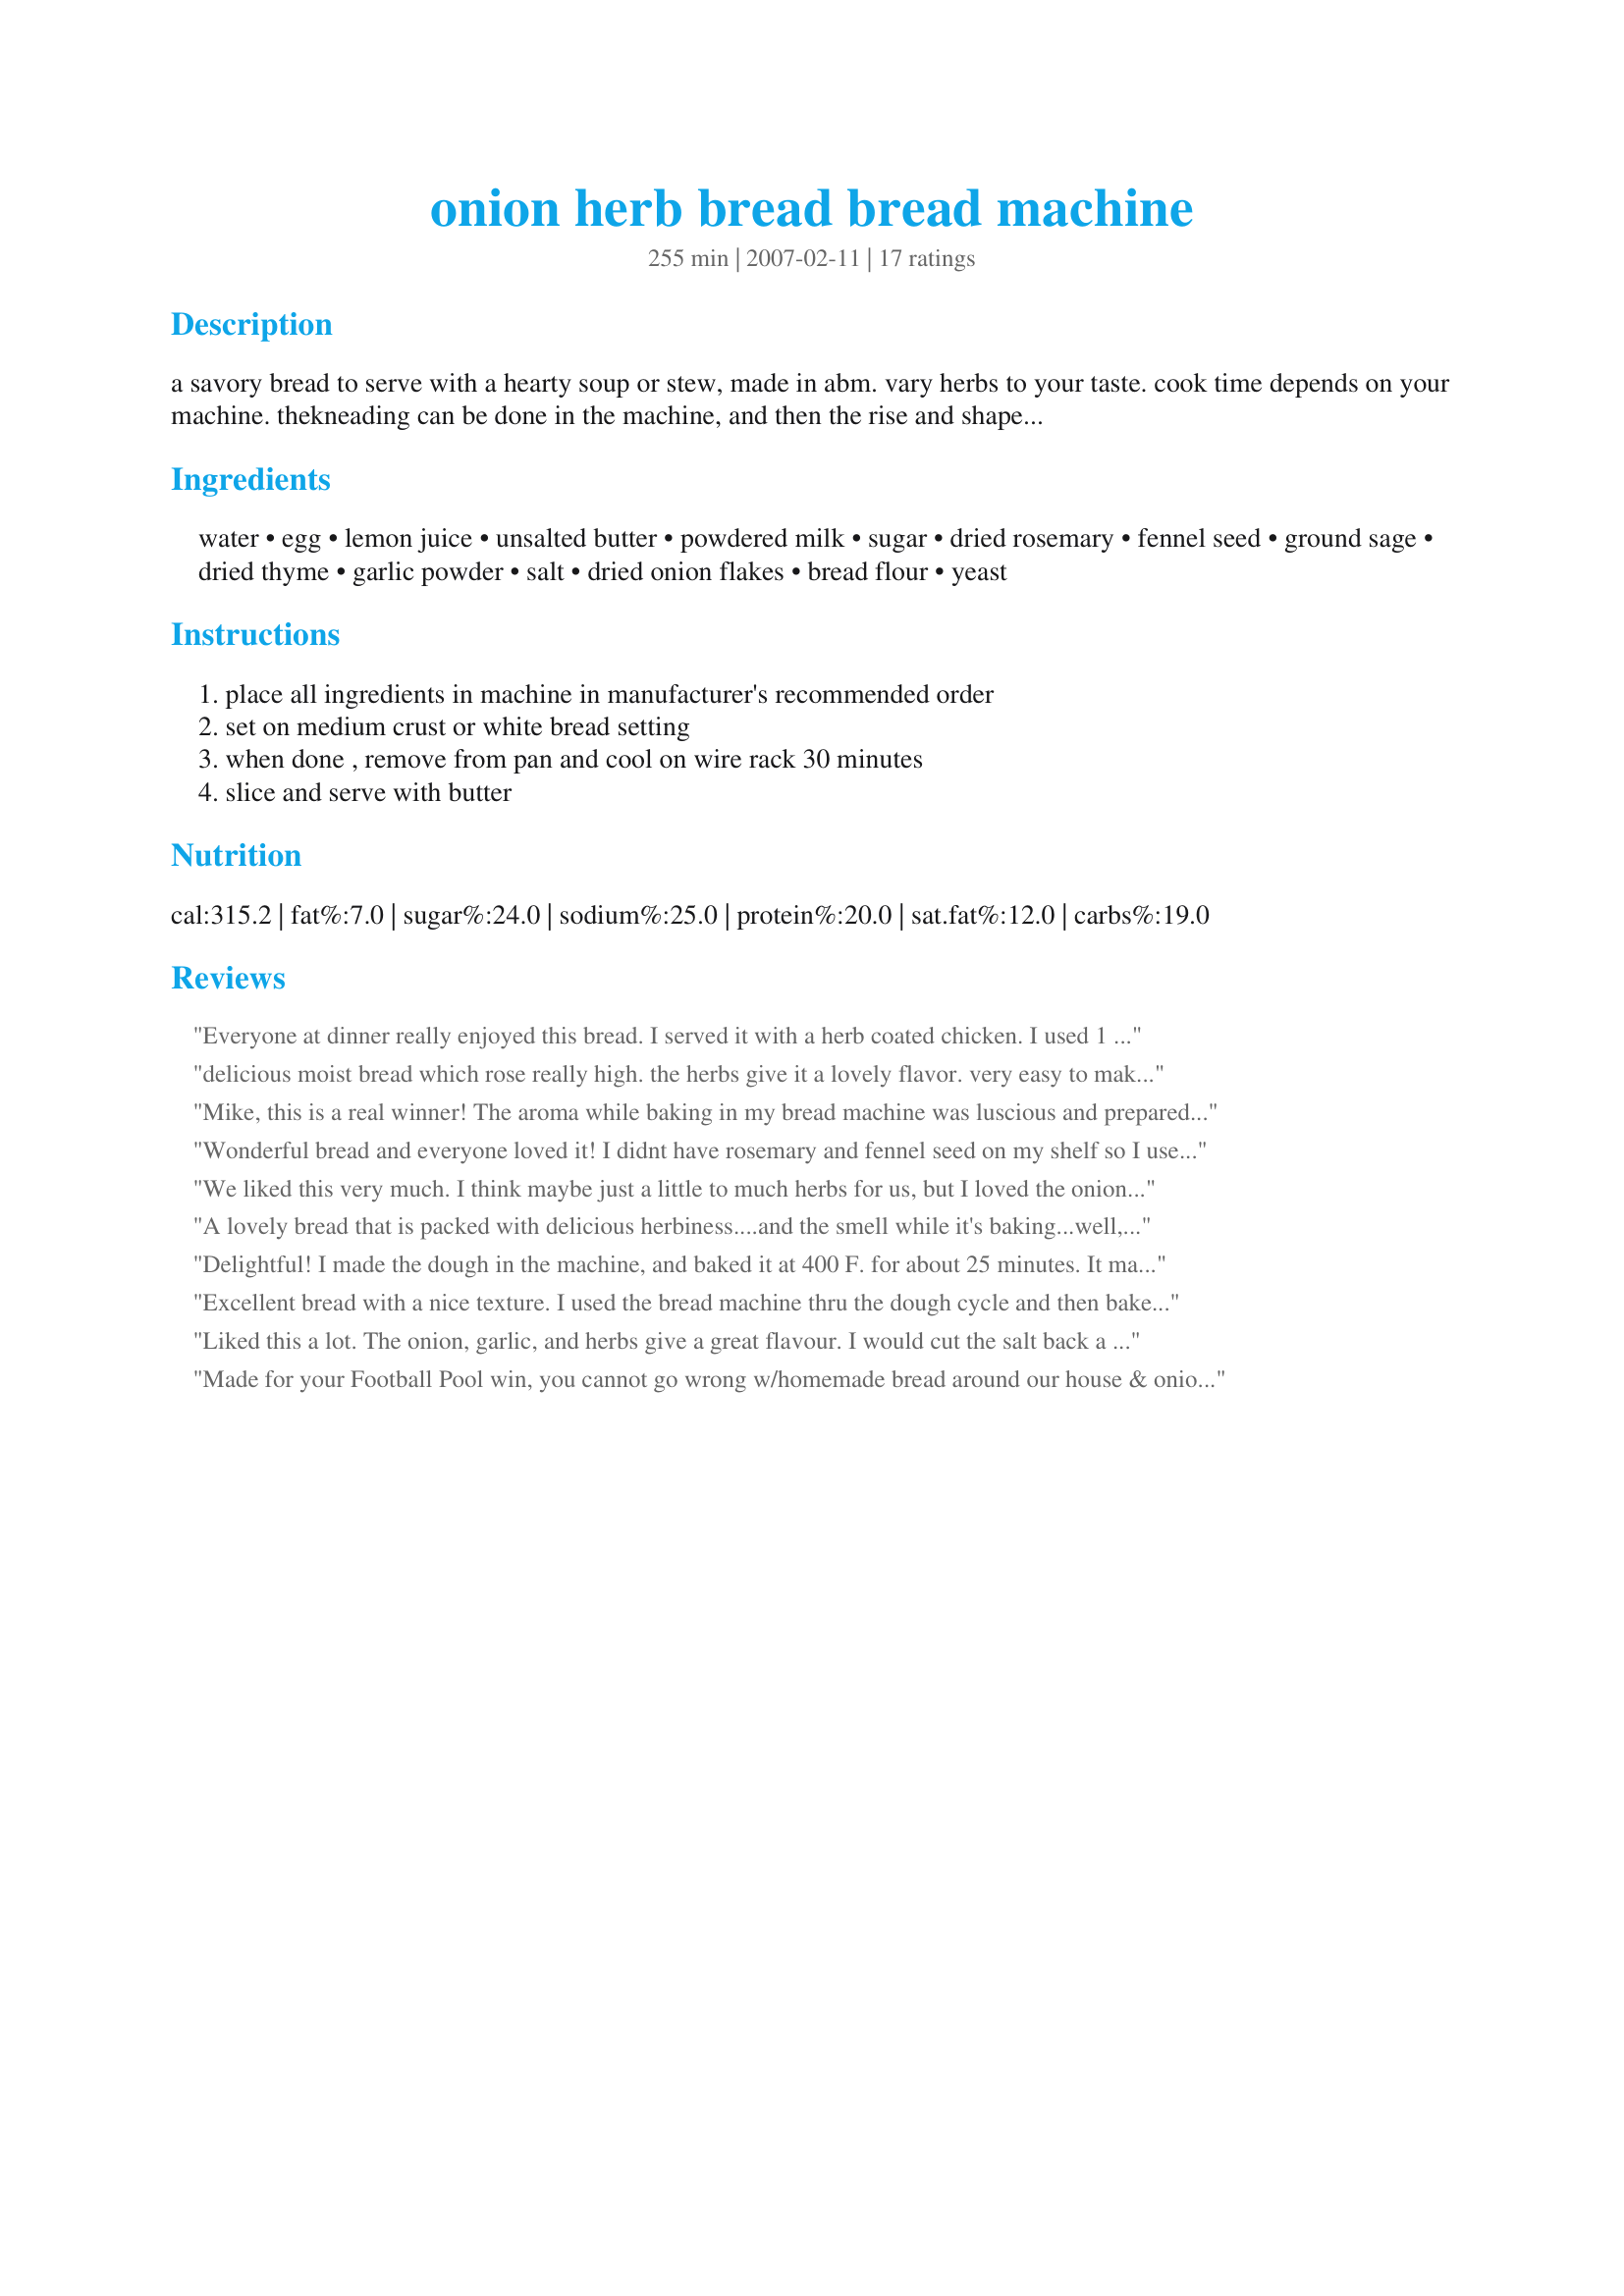
onion herb bread bread machine
Preparation time: 255 minutes

a savory bread to serve with a hearty soup or stew, made in abm. vary herbs to your taste. cook time depends on your machine. thekneading can be done in the machine, and then the rise and shape cycles done by hand, to make rolls. one reviewer said rolls baked at 400 for 15 minutes.

Ingredients:
water, egg, lemon juice, unsalted butter, powdered milk, sugar, dried rosemary, fennel seed, ground sage, dried thyme, garlic powder, salt, dried onion flakes, bread flour, yeast

Steps:
place all ingredients in machine in manufacturer's recommended order, set on medium crust or white bread setting, when done , remove from pan and cool on wire rack 30 minutes, slice and serve with butter

Reviews:
Everyone at dinner really enjoyed this bread. I served it with a herb coated chicken. I used 1 cup whole wheat flour and 2 cups bread flour. It would make great turkey sandwiches.
delicious moist bread which rose really high. the herbs give it a lovely flavor. very easy to make in the machine, it produced a 2 lb loaf. a keeper.
Mike, this is a real winner! The aroma while baking in my bread machine was luscious and prepared me for the terrific panini roast beef sandwiches I made with it. We're not fennel fans, so I left that out. I also had only 2 cups of bread flour, so used 1 cup of whole wheat for the final cup. Very tender and full of herb-y flavor. thanks mikekey!
Wonderful bread and everyone loved it! I didnt have rosemary and fennel seed on my shelf so I used the A to Z Substitution List in the Kitchen Reference Forum and substituted marjoram for the rosemary and caraway seed for the fennel seed. Used the dough cycle on my bread maker than put the dough on a cookie sheet, shaped into a circle, and baked at 350 degrees until nicely browned and done in the middle. Loved the crusty outside and the inside texture was perfect. Will be making this bread again! Thank you hon for posting.....made and reviewed for the Holiday Tag Game.
We liked this very much. I think maybe just a little to much herbs for us, but I loved the onion and rosemary in this. The other herbs I could have done without. Still a very nice bread that I made into dinner rolls and it turned out great. Thanks.
A lovely bread that is packed with delicious herbiness....and the smell while it's baking...well,it's amazing!
Personally,I would lose the fennel,but that's just my preference,and it certainly isn't stopping us from enjoying it.
Thanks Mikekey.
Delightful! I made the dough in the machine, and baked it at 400 F. for about 25 minutes. It made the house smell just like Thanksgiving! Great for sandwiches and/or toast. Thanks for posting!
Excellent bread with a nice texture. I used the bread machine thru the dough cycle and then baked the loaf in the oven. It does have a lot of herb flavor, but went wonderfully with a pot of stew on a cold day. Thanks for sharing the recipe!
Liked this a lot. The onion, garlic, and herbs give a great flavour. I would cut the salt back a little next time, just personal preference, other than that an excellent recipe. Thank you for posting.
Made for your Football Pool win, you cannot go wrong w/homemade bread around our house & onion bread is a much-favored choice. Like other reviewers, I "made it my own" by using 1 cup whole wheat flour, caraway seed vs fennel & an unmeasured amt of extra garlic. The aroma got our immediate attention, so it didn't get the full amt of "rest time". It was way too good still warm w/butter & made great toast the next morning. My much-belated congrats on your Football Pool win & thx for posting this yummy recipe. :-).
Good stuff. Not as flavourful as I'd have liked by following recipe. The next time I doubled all the flavourings and added a little extra water. Used onion powder instead of onion flakes and salt. 3Tbs in the super-flavour version. To make it really savoury, I also added 3/4 tsp of chicken stock powder. Tastes like a herb dumpling. Yum. Forgot lemon juice both times so far. Suspect this does no harm.
I loved the flavor of this bread. I divided it into 8 pieces and made rolls. Unfortunately they didn't rise very well and looked more like flatbread than rolls. The yeast was new so that shouldn't have been an issue. I will definately make these again and add a bit more yeast.
Excellent! I was a bit concerned about using 1/2 a cup of onion but it IS onion bread. I didn't have garlic powder so I used a minced fresh clove, also I had no fennel seed so I used anise seed and I added 3/4 tsp of oregano. The aroma coming form this just in the rise stage is fantastic! I made the dough into sandwich buns and they are gorgeous as well as delicious.
I baked this is a loaf pan and was particularly pleased that it was easy to slice into thin slices, which some of us prefer. I have to admit that I cheated a little bit by using an Italian seasoning blend instead of most of the herbs, as I am supposed to stay off my feet and just wanted to get all the ingredients into the machine. Did not have any fennel. Used milk instead of water and dry milk. Very very good tasting bread. Terrific turkey sandwich, and I ate a piece just plain, with nothing on it - yum!
This is delicious! I'm thinking it would make a great stuffing for Christmas. I do know that it makes great toast. I substituted dill week for the fennel, next time I will use the fennel as I now have some :) This will be made again and again. Thank you for posting mikekey it is delicious.
This bread is great. I kept thinking that I had pizza in the oven while it was baking.
Tasty, and the aroma calls to everyone all over the farm. I usually let the bread "rest" a bit before cutting, but it was half gone in the first 15 minutes. So,
this bread tastes terrific right out of the bread machine. I didn't have powdered milk, so used 2 tablespoons of homemade ranch dressing mix instead. Also, used an egg substitute (Ener-G)in place of egg. Turned out perfectly. I can see this is going to be on the bread list, every single week. Thanks so much, mikekey!
